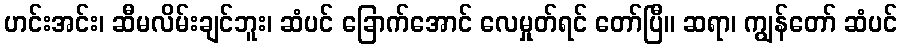
ဟင်းအင်း၊ ဆီမလိမ်းချင်ဘူး၊ ဆံပင် ခြောက်အောင် လေမှုတ်ရင် တော်ပြီ။ ဆရာ၊ ကျွန်တော် ဆံပင်